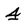
Character: 4